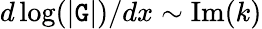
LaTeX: {d\log(|\mathtt{G}|)}/{dx}\sim\mathrm{{Im}}(k)